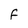
Character: f